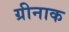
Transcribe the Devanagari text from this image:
ग्रीनाक